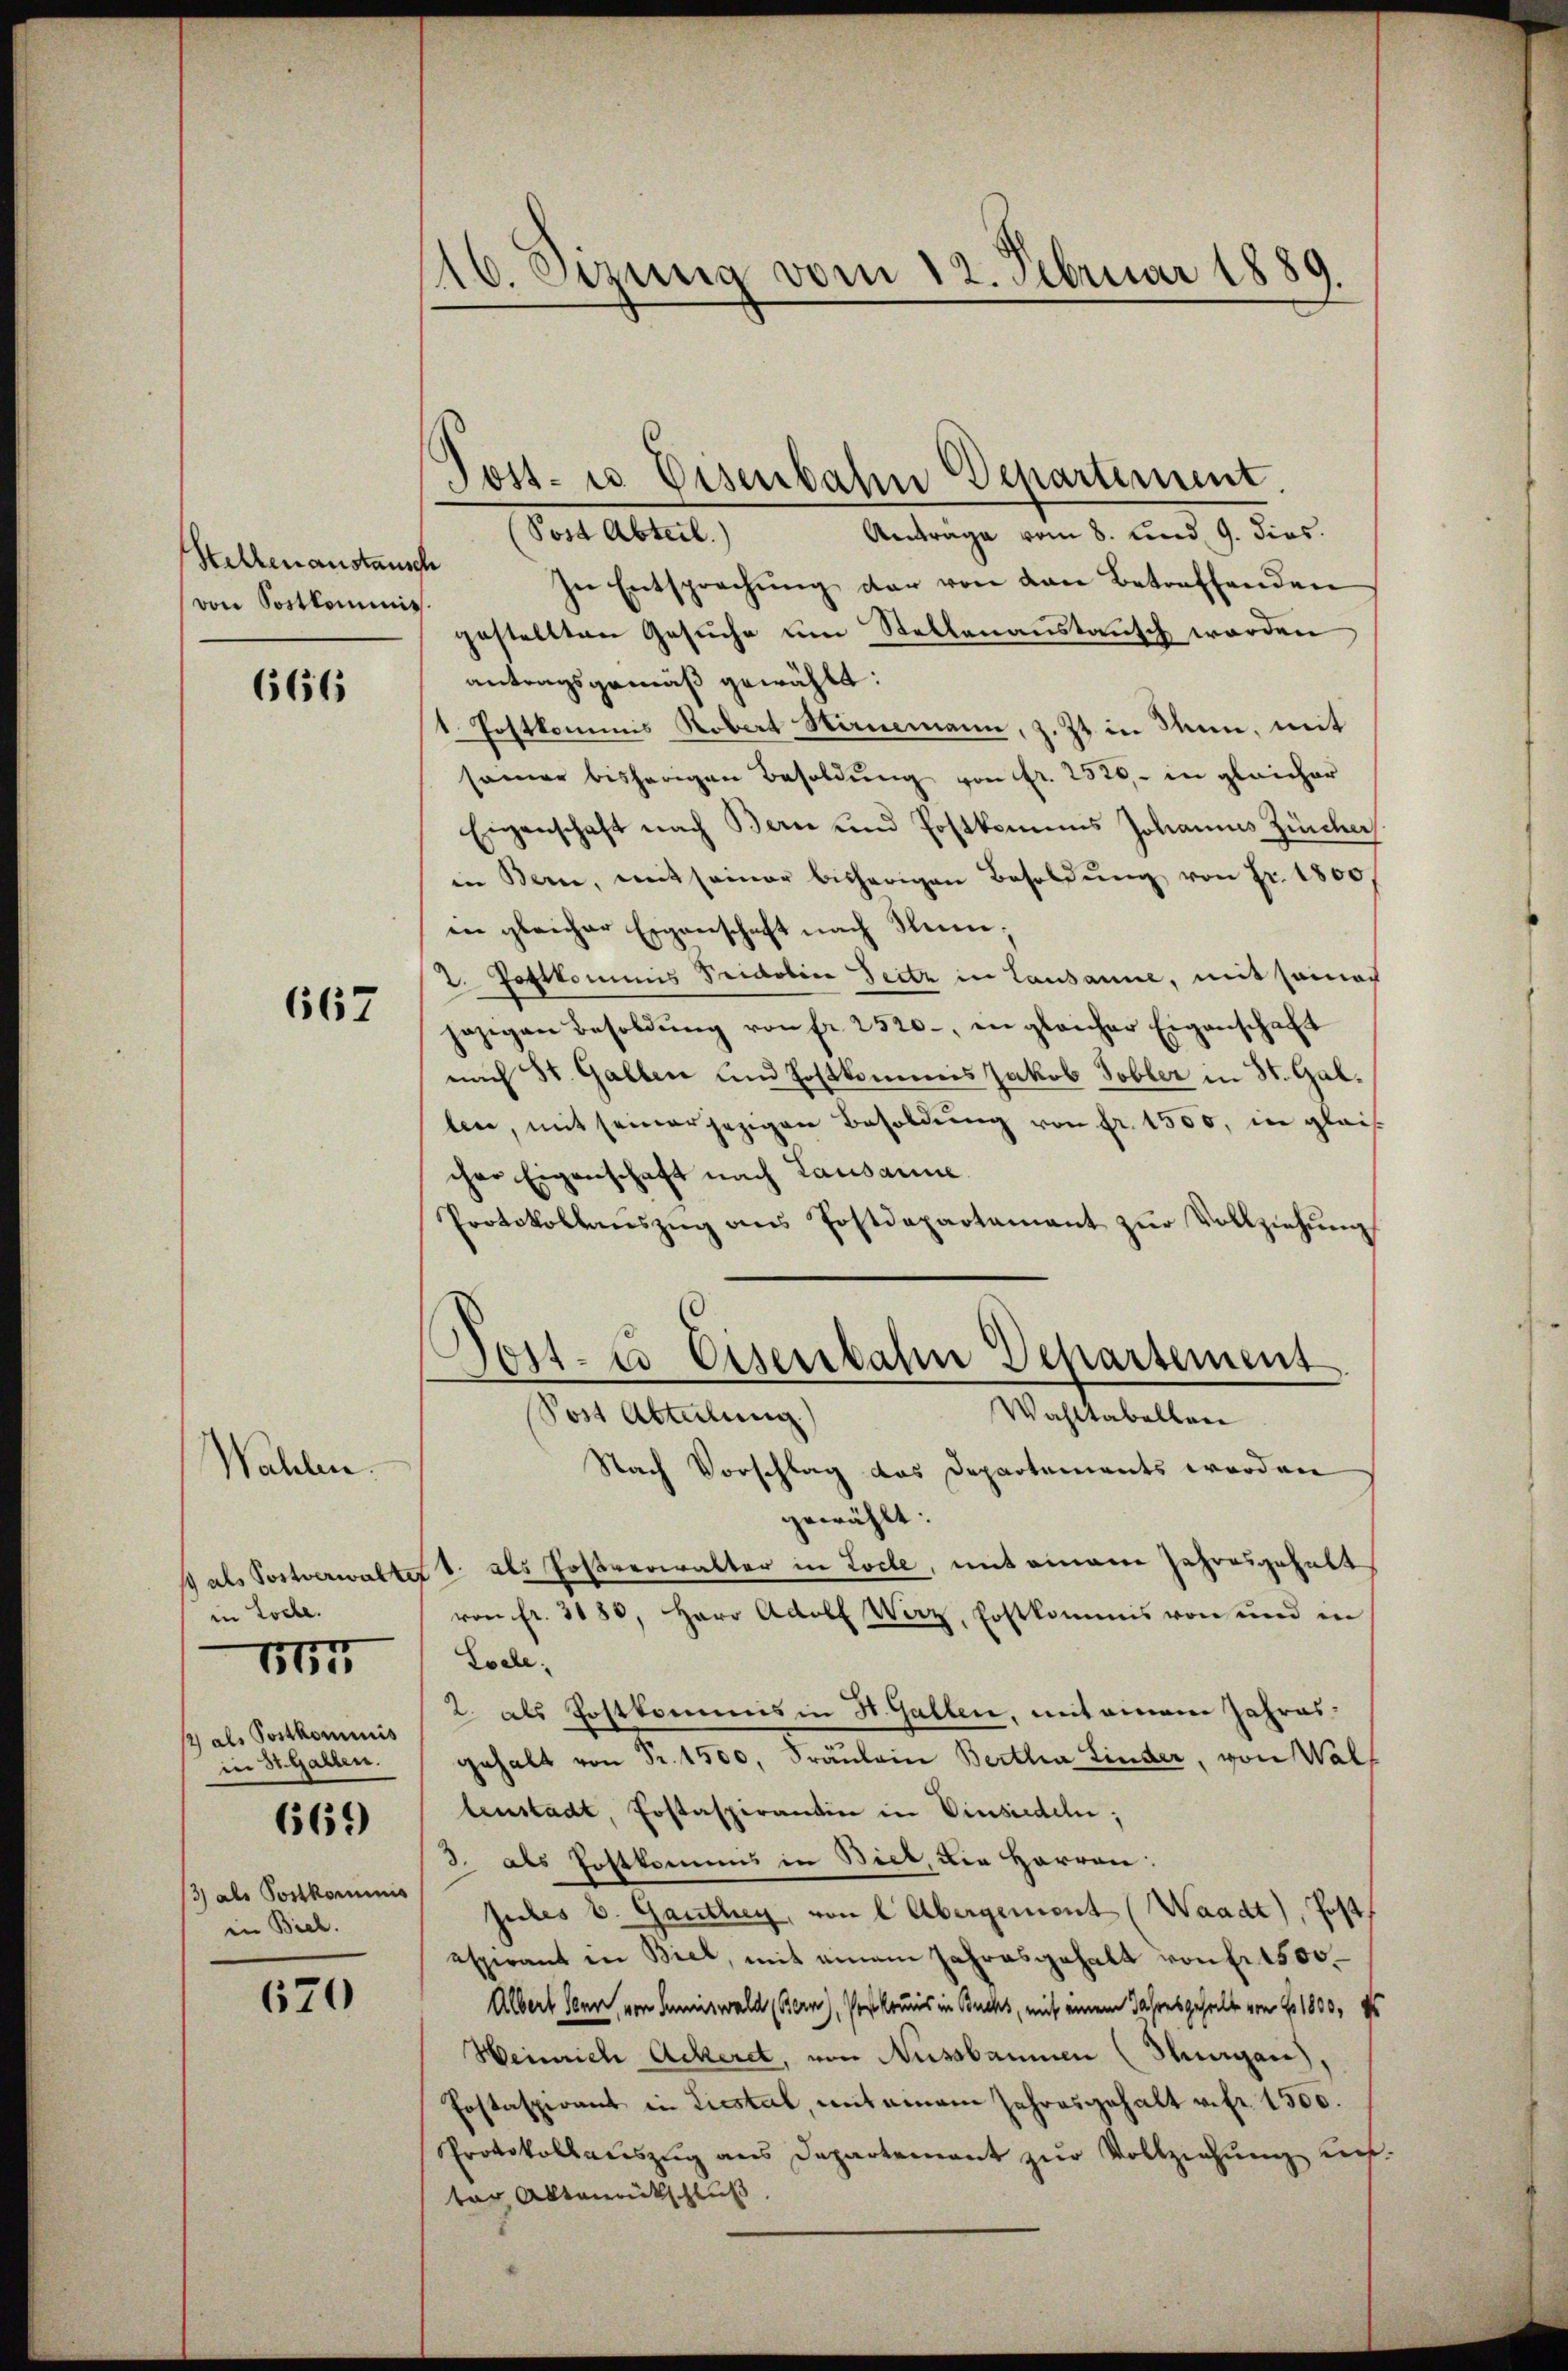
Stellen anstausch
von Sostkommis.

666

667

Wahlen.
1 als Postverwalt
in Loche.
1) als Postkommnis
in St. Gallen.
669)
/3) als Postkommnis
in Biel.

Fr

670

16. Frung vom 12. Februar 1889.

Tost- u Eisenbahn Departement.
(Post Abteil)
Antrage vom 8. und 9. dies

In Entsprechŭng der von den Betreffenden
gestellten Gesuche um Stellenanstausch werden
antragsgemäß gewählt:
1. Postkommis Robert Stirnemann, z. Zt. in denn, mit
samer bisherigen Besoldung von fr. 2520 - in gleicher
Eigenschaft nach Bern und Postkamens Johannes Zürcher
in Bern, entseiner bisherigen Besoldŭng von Fr. 1800.
in gleicher Eigenschaft nach Nem;
2. Postkommis Tridoline Zeitz in Lausanne, mit seinach
jezigen Besoldŭng von fr. 2520-, in gleicher Eigenschaft
nach St. Gallen und Postkommis Jakob Tobler in St. Gal.
len, mit seiner jezigen Besoldŭng von fr. 1500, in glei
cher Eigenschaft nach Lausanne
Protokollanszŭg ans Postdepartamant zŭr Vollziehŭng
Post- & Eisenbahn Departement

Wahltabellen
Post Abteilung)

Nach Vorschlag das Departements werden
gewählt:
st. als Poßrerwalter in Loche, mit einem Jahresgehalts
von fr. 3180, Herr Adolf Wirz, Postkommis von und in
Loche
2. als Postkommis in St. Gallen, mit einem Jahresgehalt von Fr. 1500, Fräulein Bertha Linder, von Walleustadt, Postaspirantin in Vinsiedeln;
3. als Erstkommis in Biel, die Herren:
Jules v. Ganthey, von l Abergement (Waadt, Post
espirant in Biel, mit einem Jahresgehalt von Fr. 1500.
Albert Senn, von Sumiswald (Bern), Postkomnis in Buchs, mit einem Jahresgehalt von 1800, d
Weinrich Ackeret, von Aussbäumen (Thurgau),
Fostaspirant in Liestal, mit einem Jahresgehalt v. fr. 1500.
Protokollauszug aus Departement zur Vollziehung unter Aktenrückschluß